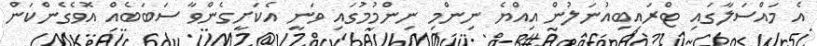
އެ މައްސަލާގައި ޓްރައިބިއުނަލުން އިއްޔެ ނިންމި ނިންމުމުގައި ވަނީ އެކަށީގެންވާ ސަބަބެއް އޮވެގެންކަން